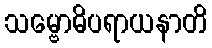
သမ္ဗောဓိပရာယနာတိ